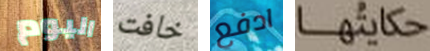
اليوم خافت ادفع حكايتها